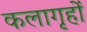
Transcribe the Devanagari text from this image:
कलागृहों